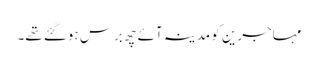
مہاجرین کو مدینہ آئے چھ برس ہوگئے تھے۔